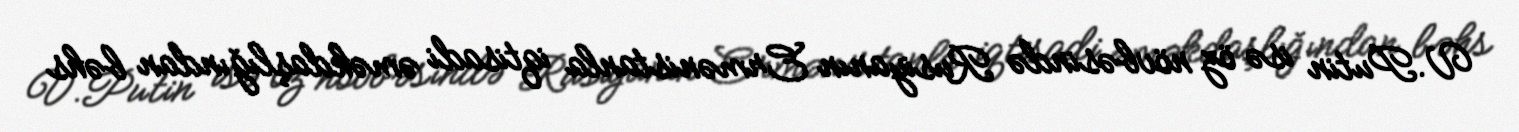
V.Putin isə öz növbəsində Rusiyanın Ermənistanla iqtisadi əməkdaşlığından bəhs